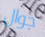
جوال